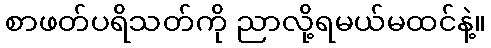
စာဖတ်ပရိသတ်ကို ညာလို့ရမယ်မထင်နဲ့။